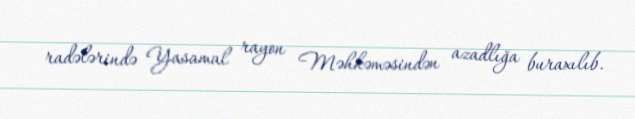
radələrində Yasamal rayon Məhkəməsindən azadlığa buraxılıb.